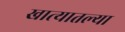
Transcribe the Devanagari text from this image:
खात्यातल्या